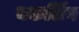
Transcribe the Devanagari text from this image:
बकलिंग